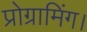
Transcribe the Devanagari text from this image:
प्रोग्रामिंग।